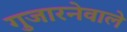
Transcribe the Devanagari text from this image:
गुजारनेवाले